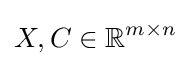
X,C\in \mathbb {R} ^{m\times n}